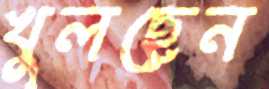
খুলছেন